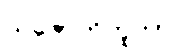
သဇောတိဘူတာ